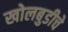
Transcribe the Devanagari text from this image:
खोलबुडीचे